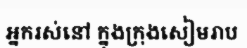
អ្នករស់នៅ ក្នុងក្រុងសៀមរាប